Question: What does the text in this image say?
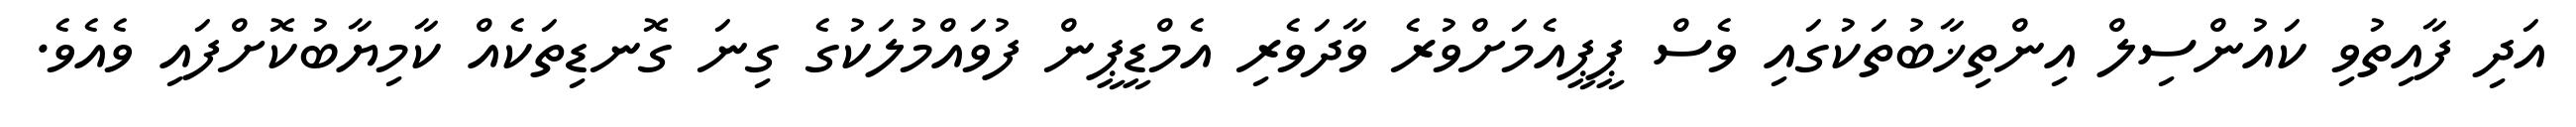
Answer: އަދި ފާއިތުވި ކައުންސިލް އިންތިޚާބުތަކުގައި ވެސް ޕީޕީއެމަށްވުރެ ވާދަވެރި އެމްޑީޕީން ފުވައްމުލަކުގެ ގިނަ ގޮނޑިތަކެއް ކާމިޔާބުކޮށްފައި ވެއެވެ.